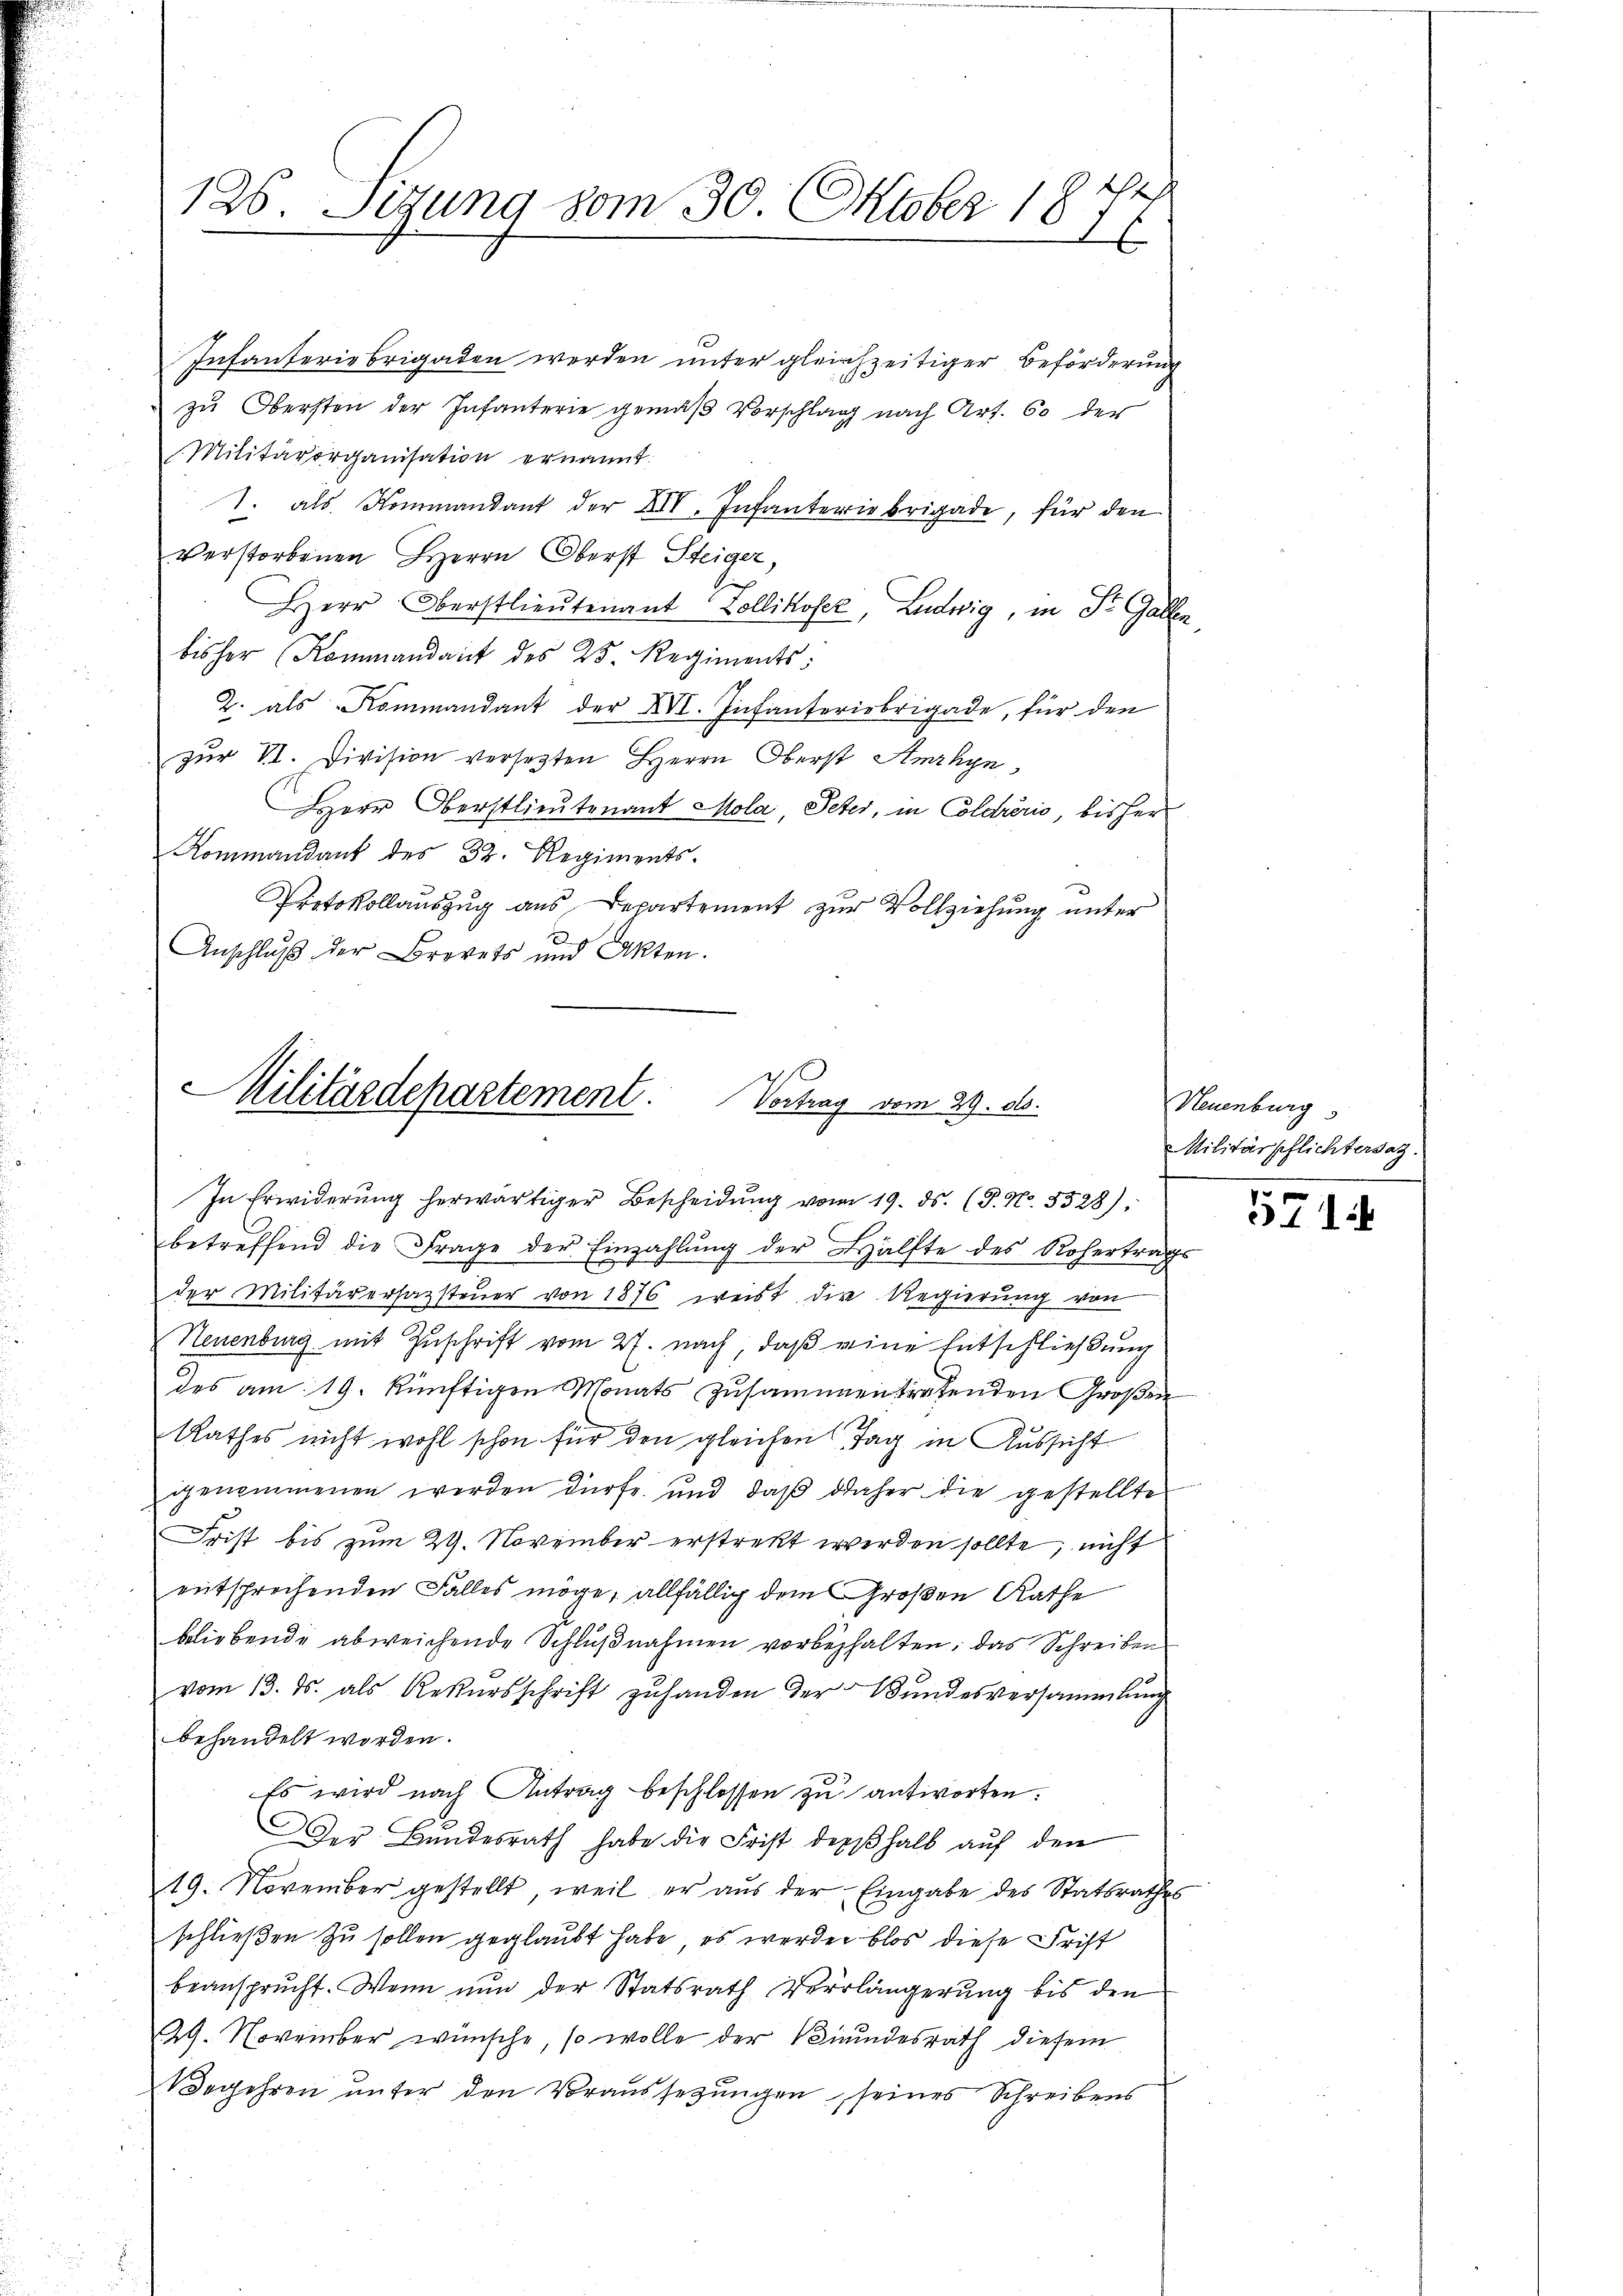
tat
126. Sezung vom 30. Oktober 187

Infanteriebrigaden werden unter gleichzeitiger Beförderung
zu Obersten der Infanterie gemäß Vorschlag nach Art. 60 der
Militärorganisation ernannt:
1. als Kommandant der XII. Infanteriebrigade, für den
Verstorbenen Herrn Oberst Steiger,
Herr Oberstlieutenant Zollikofer, Ludwig, in St. Gallen,
bisher Kommandant des 25. Regiments:
2. als Kommandant der XVI. Infanteriebrigade, für den
zur VI. Division versetzten Herrn Oberst Amrhyn
Herr Oberstlieutenant Mola Peter, in Coldrério, bisher
Kommandant des 32. Regiments.
Protokollauszug aus Departement zur Vollziehung unter
Anschluß der Brevets und Akten.

Militärdepartement. Vertrag vom 29. ds.
In Erwiderŭng herwärtiger Bescheidŭng vom 19. ds. (T. N. 5528),

betreffend die Frage der Einzahlŭng der Hälfte des Rohertrags
der Militärerhazsteŭer von 1876 weist die Regierung von
Neuenburg mit Zuschrift vom 27. nach, daß eine Entschließung
des am 19. künftigen Monats zusammentretenden Großen
Rathes nicht wohl schon für den gleichen Tag in Aussicht
ggenommenen werden dürfe und daß daher die gestellte
Frist bis zum 29. November erstrekt werden sollte, nicht
entsprechenden Falles möge, allfällig dem Großen Rathe
bliebende abweichende Schlŭβnahmen vorbehalten; das Schreiben
vom 13. ds. als Rekursschrift zuhanden der Bundesversammlung
behandelt worden.
Es wird nach Antrag beschlossen zu antworten.
Der Bundesrath habe die Frist deshalb auf den
19. November gestellt, weil er aus der Eingabe des Statsrathes
schließen zu sollen geglaubt habe, es werden blos diese Frist
beansprucht. Wenn nŭn der Statsrath Verlängerŭng bis den
29. November wünsche, so wolle der Kindesrath diesem
Begehren unter den Voraussetzungen seines Schreibens

Neuenburg
Militärschlichtersaz.

5714